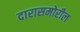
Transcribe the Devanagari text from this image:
दारासमोरील